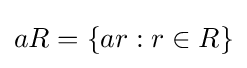
aR=\{ar:r\in R\}